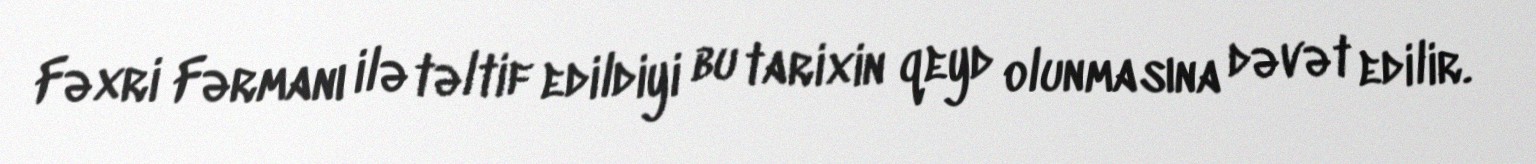
Fəxri Fərmanı ilə təltif edildiyi bu tarixin qeyd olunmasına dəvət edilir.